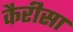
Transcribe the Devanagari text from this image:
कैरीसा